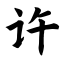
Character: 许